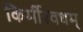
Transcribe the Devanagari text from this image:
किर्मीरवधम्